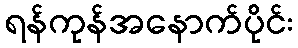
ရန်ကုန်အနောက်ပိုင်း